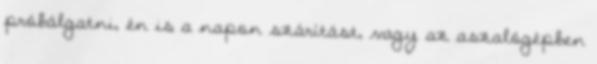
próbálgatni, én is a napon szárítást, vagy az aszalógépben